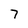
Character: 7